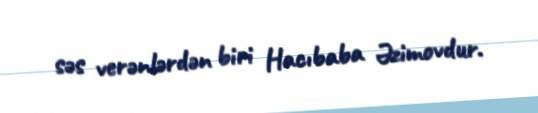
səs verənlərdən biri Hacıbaba Əzimovdur.